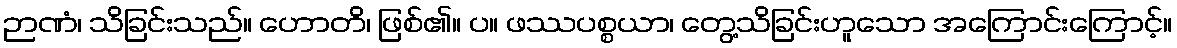
ဉာဏံ၊ သိခြင်းသည်။ ဟောတိ၊ ဖြစ်၏။ ပ။ ဖဿပစ္စယာ၊ တွေ့သိခြင်းဟူသော အကြောင်းကြောင့်။